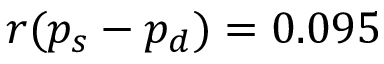
r ( p _ { s } - p _ { d } ) = 0 . 0 9 5